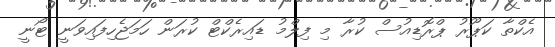
އެކްތާ ކަޕޫރު ޕްރޮޑިއުސް ކުރާ މި ފިލްމު ޑައިރެކްޓް ކުރަން ހަމަޖެހިފައިވަނީ ޓޯނީ